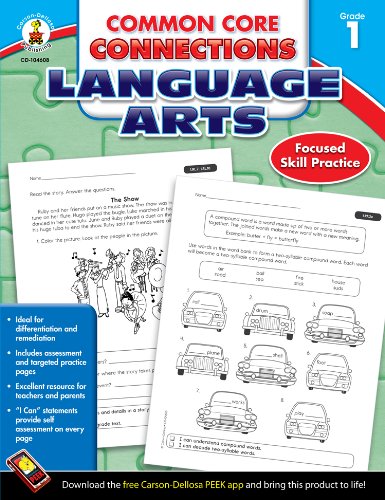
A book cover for Common Core Connections Language Arts, Grade 1; Education & Teaching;